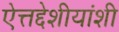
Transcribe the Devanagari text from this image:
ऐत्तद्देशीयांशी